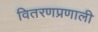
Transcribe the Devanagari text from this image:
वितरणप्रणाली